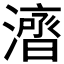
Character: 𱩜